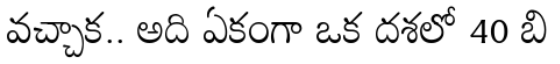
వచ్చాక.. అది ఏకంగా ఒక దశలో 40 బి